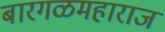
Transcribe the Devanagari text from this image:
बारगळमहाराज